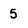
Character: 5